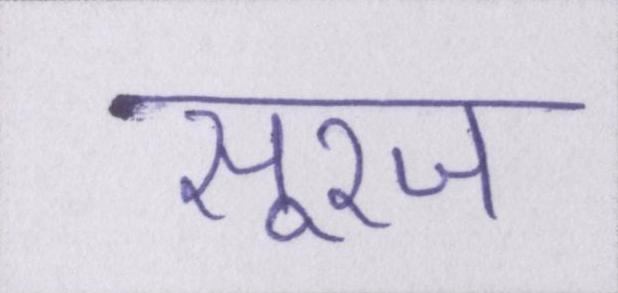
सूरज